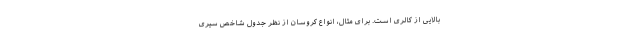
بالایی از کالری است. برای مثال، ‌انواع کروسان از نظر جدول شاخص سیری